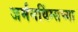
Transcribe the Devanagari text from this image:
जर्मनविंग्सच्या